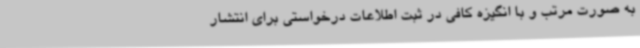
به صورت مرتب و با انگیزه کافی در ثبت اطلاعات درخواستی برای انتشار